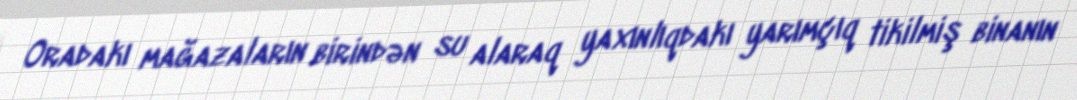
Oradakı mağazaların birindən su alaraq yaxınlıqdakı yarımçıq tikilmiş binanın